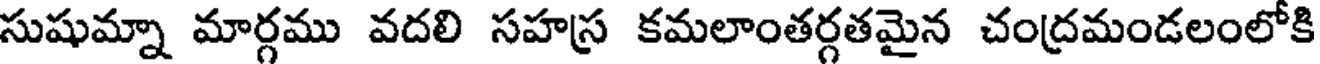
సుషుమ్నా మార్గము వదలి సహస్ర కమలాంతర్గతమైన చంద్రమండలంలోకి